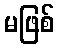
မဖြစ်